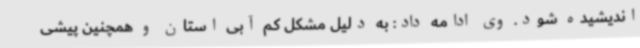
اندیشیده شود. وی ادامه داد: به دلیل مشکل کم آبی استان و همچنین پیشی